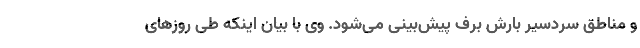
و مناطق سردسیر بارش برف پیش‌بینی می‌شود. وی با بیان اینکه طی روزهای